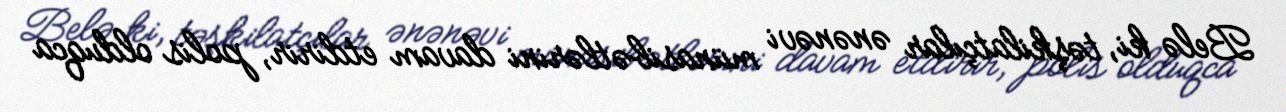
Belə ki, təşkilatçılar ənənəvi münasibətlərini davam etdirir, polis olduqca